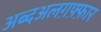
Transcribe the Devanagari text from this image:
अब्दअलग़फ़्फ़ार